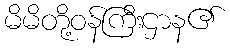
မိမိတို့ဝန်ကြီးဌာန၏